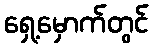
ရှေ့မှောက်တွင်